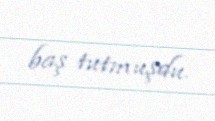
baş tutmuşdu.